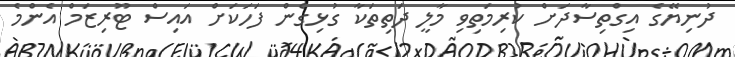
ދުނިޔޭގެ އިގްތިސާދަށް ކުރިމަތިވި މާލީ ދަތިތަކާ ގުޅިގެން ފަހަކަށް އައިސް ޓޫރިޒަމް އެންމެ